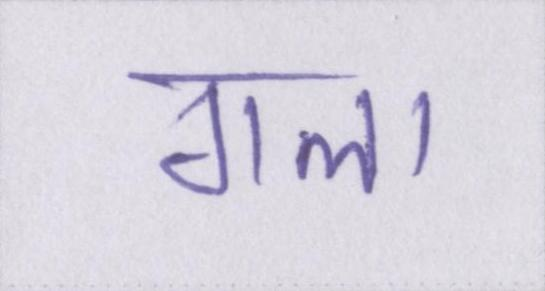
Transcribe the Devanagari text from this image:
गला